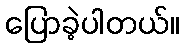
ပြောခဲ့ပါတယ်။